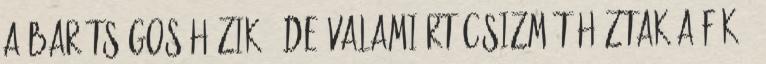
a barátságos házikó. De valamiért csizmát húztak a fák.-